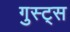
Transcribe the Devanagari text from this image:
गुस्ट्स